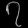
Digit: ၇